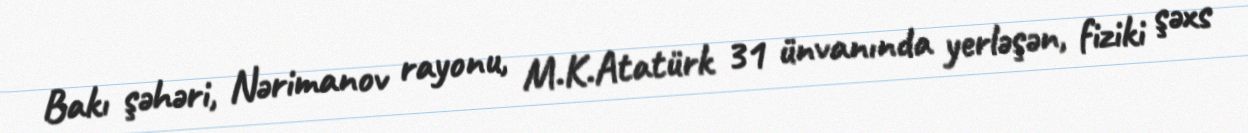
Bakı şəhəri, Nərimanov rayonu, M.K.Atatürk 31 ünvanında yerləşən, fiziki şəxs